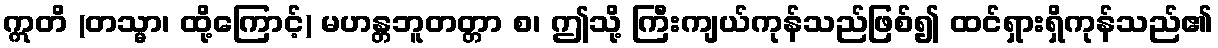
ဣတိ (တသ္မာ၊ ထို့ကြောင့်) မဟန္တဘူတတ္တာ စ၊ ဤသို့ ကြီးကျယ်ကုန်သည်ဖြစ်၍ ထင်ရှားရှိကုန်သည်၏